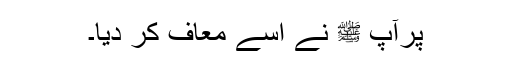
پرآپ ﷺ نے اسے معاف کر دیا۔